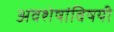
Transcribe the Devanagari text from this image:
अवशेषांविषयी